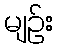
မျဉ်း